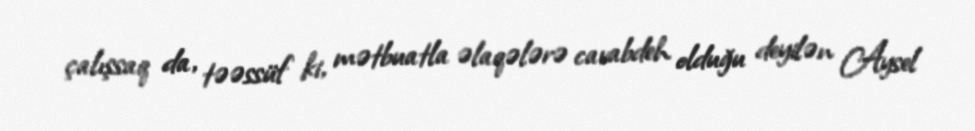
çalışsaq da, təəssüf ki, mətbuatla əlaqələrə cavabdeh olduğu deyilən Aysel